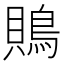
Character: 鵙